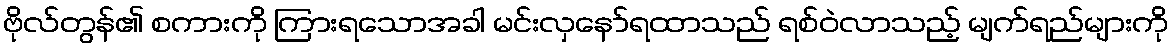
ဗိုလ်တွန်၏ စကားကို ကြားရသောအခါ မင်းလှနော်ရထာသည် ရစ်ဝဲလာသည့် မျက်ရည်များကို